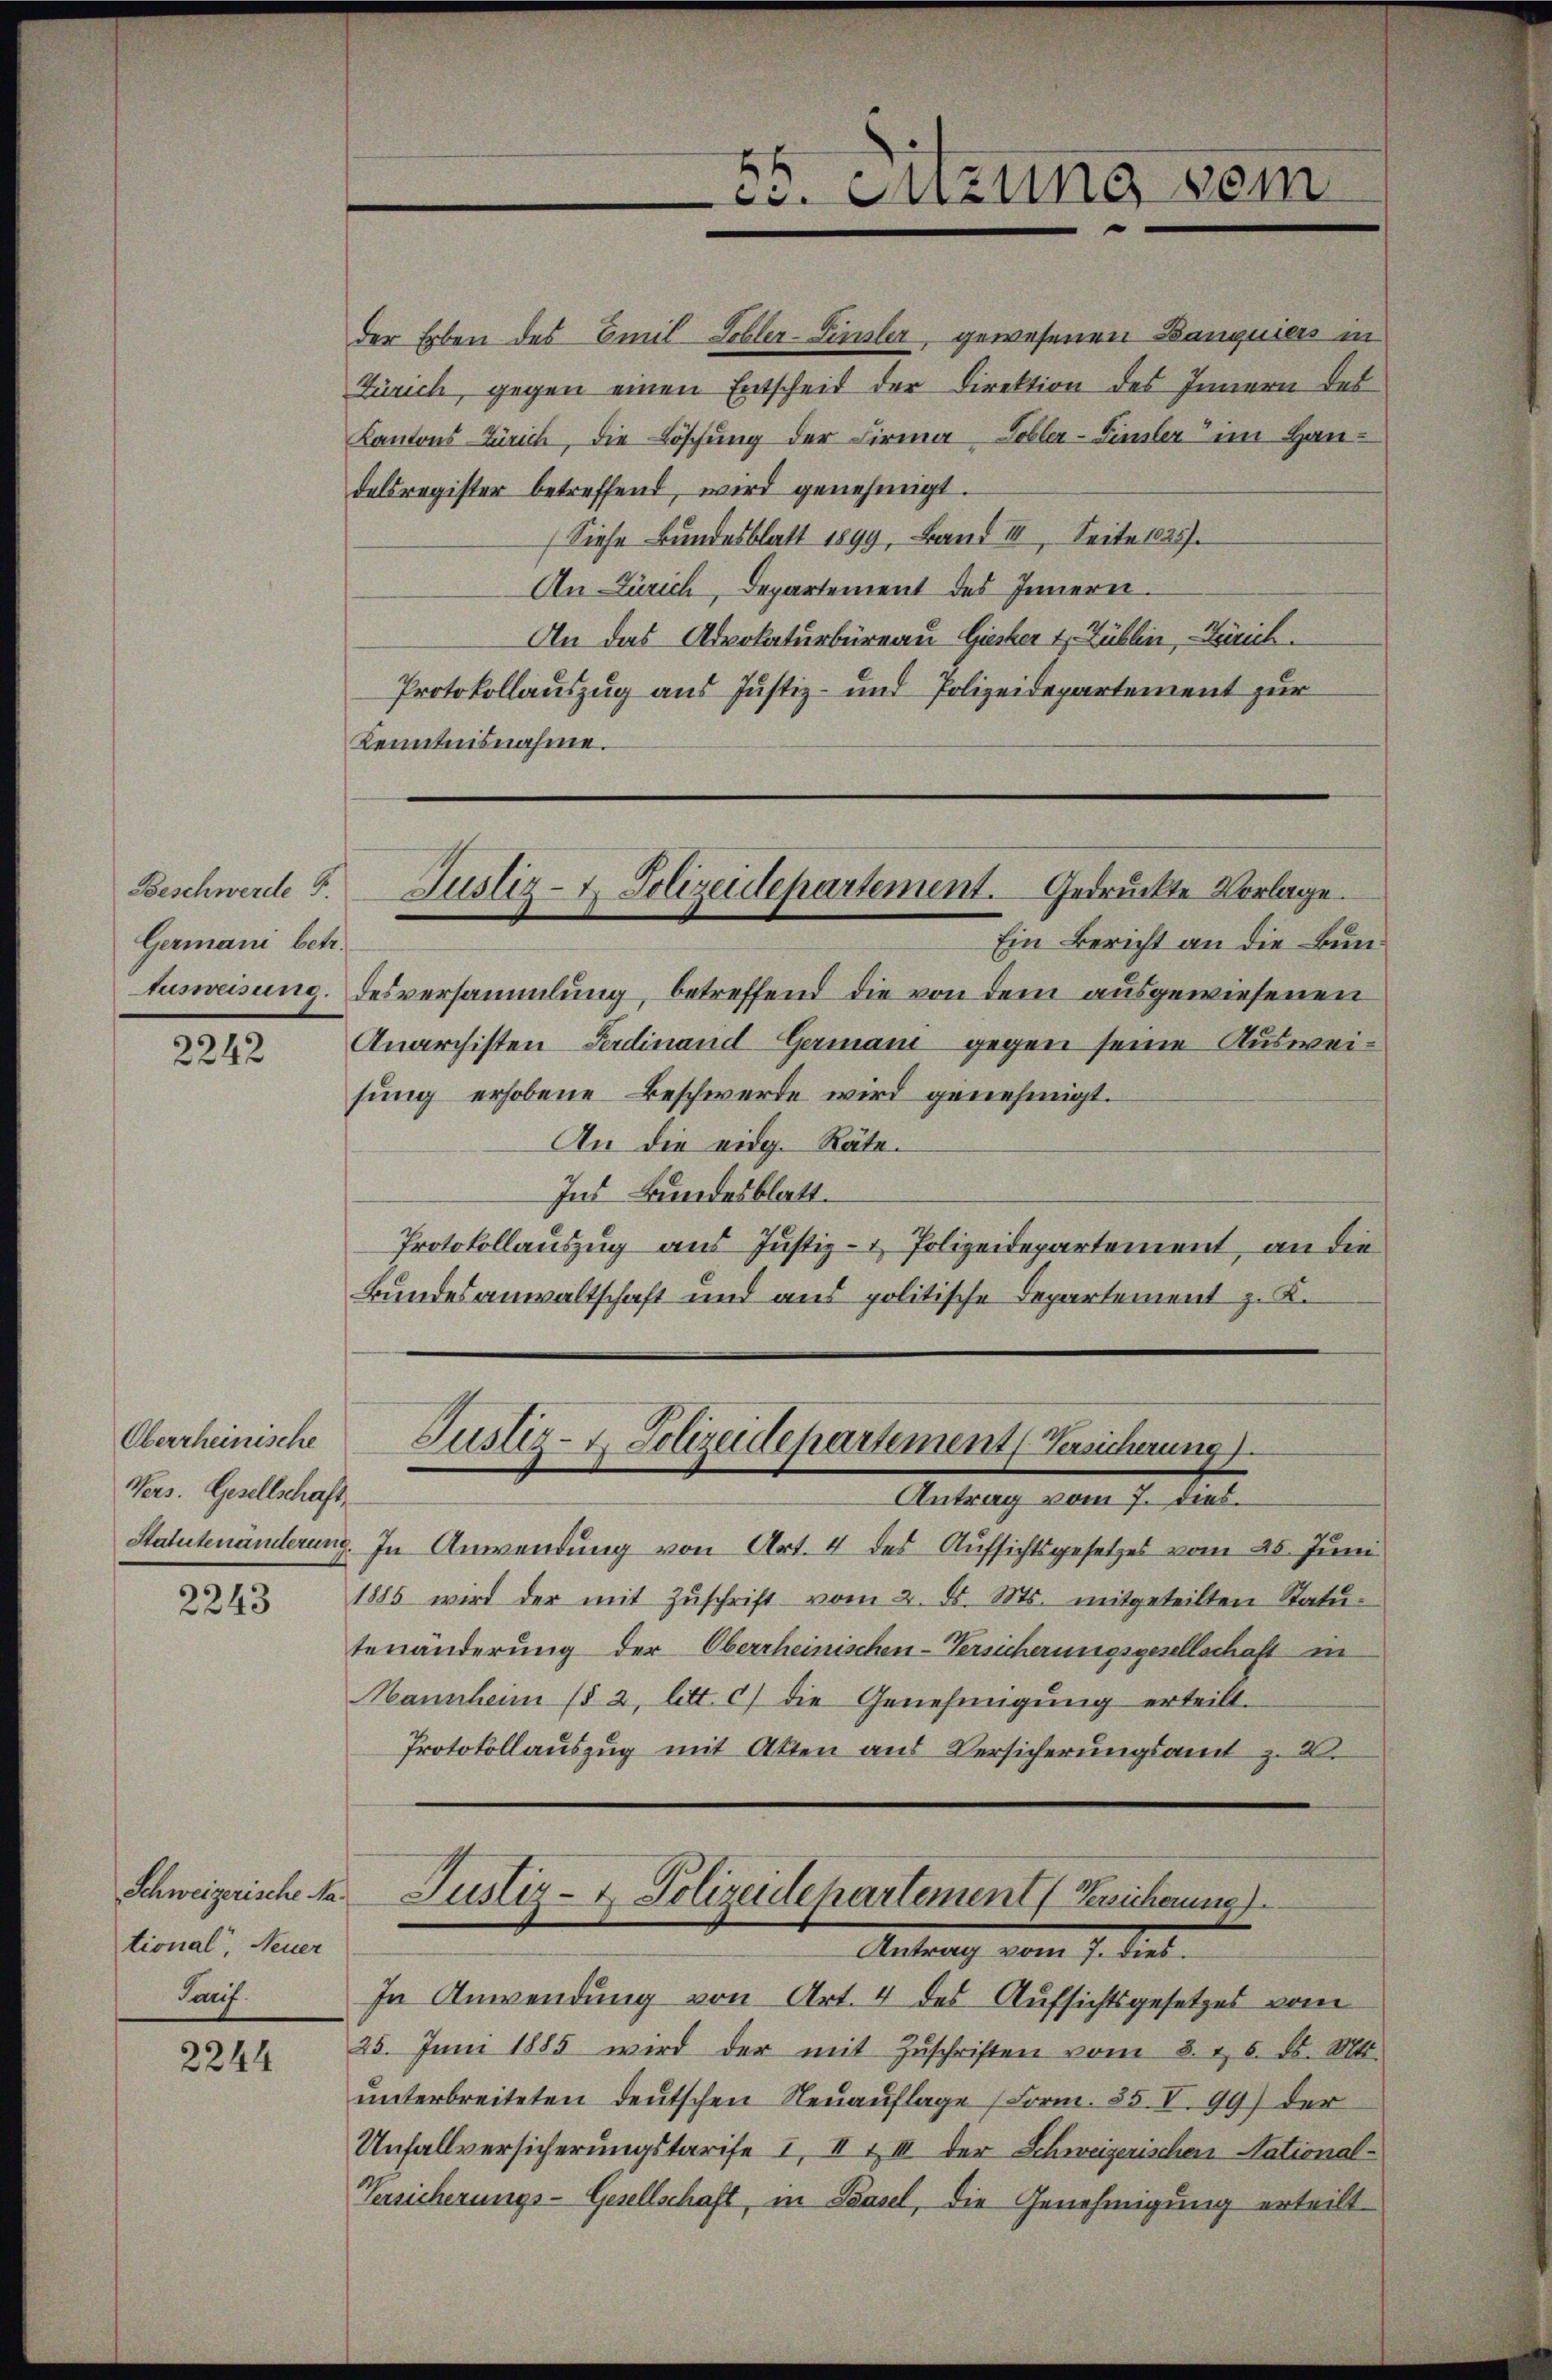
Germani betr.
Ausweisung.

2242

Oberrheinische
Vers. Gesellschaft

2243

Schweizerische National, Neuer
Lauf.

2244

der Erben des Emil Sohler-Finsler, gewesenen Banquiers in
Zürich, gegen einen Entscheit der Direktion des Innern des
Kantons-Zürich, die Löschung der Firma Hobler-Finsler im Handelsregister betreffend, wird genehmigt.
Siehe Bundesblatt 1899, Band III. Seite 1825.
An Zürich, Departement des Innern.
An das Advokaturbüreau Giesker 1. Zühlin, Zürich.
Protokollauszug aus Justiz- und Polizeidepartement zur
Kenntnisnahme.

Ein Bericht an die Bundesversammlung, betreffend die von dem ausgewiesenen
Anarchisten Ferdinand Germani gegen seine Ausweisung erhobene Beschwerde wird genehmigt.
An die eidg. Räte.
Ins Bundesblatt.
Protokollauszug aus Justiz- & Polizeidepartement, an die
Bundesanwaltschaft und aus politische Departement z. K.

ei. Seizung sein

Beschwerde 5. Justiz- & Polizeidepartement. Gedruckte Vorlage.

Justiz- & Polizeidepartement Versicherung

Justiz- & Polizeidepartement nicherung)
Antrag vom 1. Jul.

Antrag eben. J. Lan
Statutenänderung. In Anwendung von Art. 4 des Aufsichtsgesetzes vom 25. Juni
1885 wird der mit Zuschrift vom 2. d. Mts. mitgeteilten Statutenänderung der Oberrheinischen-Versicherungsgesellschaft in
Mannheim (§ 2, litt. c) die Genehmigung erteilt.
Protokollauszug mit Atten aus Versicherungsamt z. 2.

In Anwendung von Art. 4 des Aufsichtsgesetzes vom
25. Juni 1885 wird der mit Zŭschriften vom 8. d. 6. d. M.
unterbreiteten deutschen Neuauflage (Form. 85 V. 99) der
Unfallversicherungstarife I, II & III der Schweizerischen National-
Versicherungs-Gesellschaft, in Basel, die Genehmigung erteilt